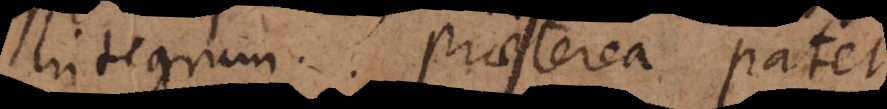
integrum. Praeterea patet